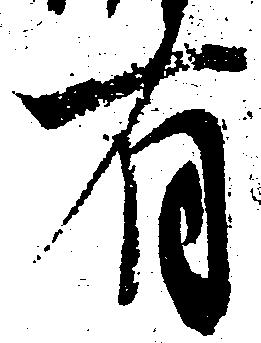
有